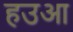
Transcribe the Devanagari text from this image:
हउआ